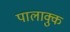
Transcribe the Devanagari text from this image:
पालाक्कु